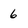
Character: 6